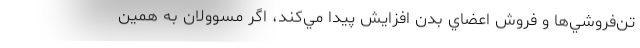
تن‌فروشي‌ها و فروش اعضاي بدن افزايش پيدا مي‌كند، اگر مسوولان به همين